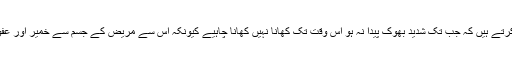
یہی وجہ ہے کہ قانونِ مفرد اعضاء کے حاملین مطب میں آنے والے ہر مریض کو اس امر کی ہدایت کرتے ہیں کہ جب تک شدید بھوک پیدا نہ ہو اس وقت تک کھانا نہیں کھانا چاہیے کیونکہ اس سے مریض کے جسم سے خمیر اور عفونت کا خاتمہ ہو جاتا ہے اور مریض شاہراہِ صحت پر گامزن ہو کر کامل شفا سے ہمکنار ہو جاتا ہے۔